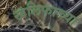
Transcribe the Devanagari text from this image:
खलिफाच्या